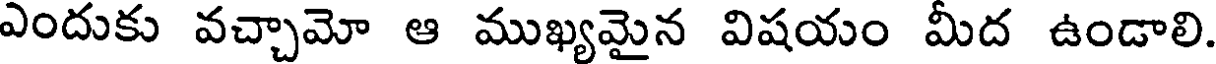
ఎందుకు వచ్చామో ఆ ముఖ్యమైన విషయం మీద ఉండాలి.